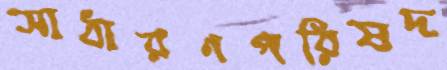
সাধারণপরিষদ